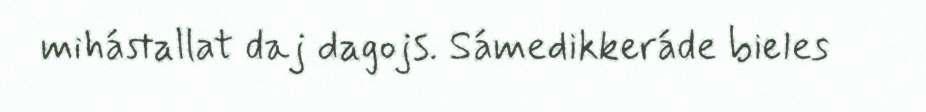
mihástallat daj dagojs. Sámedikkeráde bieles